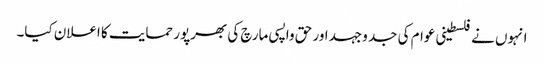
انہوں نے فلسطینی عوام کی جد وجہد اور حق واپسی مارچ کی بھرپور حمایت کا اعلان کیا۔